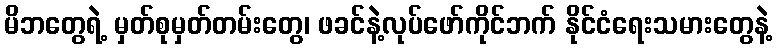
မိဘတွေရဲ့ မှတ်စုမှတ်တမ်းတွေ၊ ဖခင်နဲ့လုပ်ဖော်ကိုင်ဘက် နိုင်ငံရေးသမားတွေနဲ့